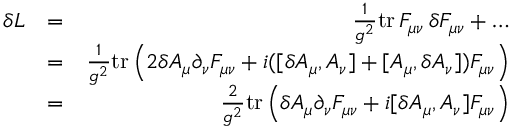
\begin{array} { r l r } { \delta { \cal L } } & { = } & { { \frac { 1 } { g ^ { 2 } } } \mathrm { t r } \, F _ { \mu \nu } \, \delta F _ { \mu \nu } + \dots } \\ & { = } & { { \frac { 1 } { g ^ { 2 } } } \mathrm { t r } \, \Big ( 2 \delta A _ { \mu } \partial _ { \nu } F _ { \mu \nu } + i ( [ \delta A _ { \mu } , A _ { \nu } ] + [ A _ { \mu } , \delta A _ { \nu } ] ) F _ { \mu \nu } \Big ) } \\ & { = } & { { \frac { 2 } { g ^ { 2 } } } \mathrm { t r } \, \Big ( \delta A _ { \mu } \partial _ { \nu } F _ { \mu \nu } + i [ \delta A _ { \mu } , A _ { \nu } ] F _ { \mu \nu } \Big ) } \end{array}